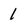
Character: 1